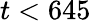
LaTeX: t<645